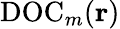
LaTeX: \mathrm{DOC}_{m}({\mathbf r})